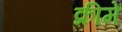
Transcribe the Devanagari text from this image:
क्रीमें